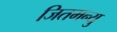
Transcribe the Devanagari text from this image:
जितमन्यु